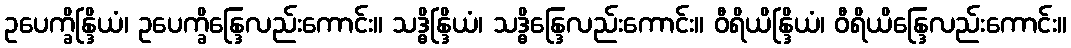
ဥပေက္ခိန္ဒြိယံ၊ ဥပေက္ခိန္ဒြေလည်းကောင်း။ သဒ္ဓိန္ဒြိယံ၊ သဒ္ဓိန္ဒြေလည်းကောင်း။ ဝီရိယိန္ဒြိယံ၊ ဝီရိယိန္ဒြေလည်းကောင်း။